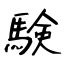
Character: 験